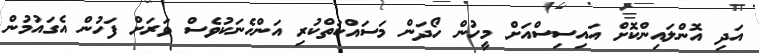
އަދި އޮންލައިންކޮށް އައިސިސްއަށް މީހުން ހޯދަން މަސައްކަތްކުރި އަންހެނަކުވެސް ވަރަށް ފަހުން އެގައުމުން